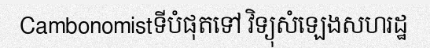
Cambonomistទីបំផុតទៅ វិទ្យុសំឡេងសហរដ្ឋ